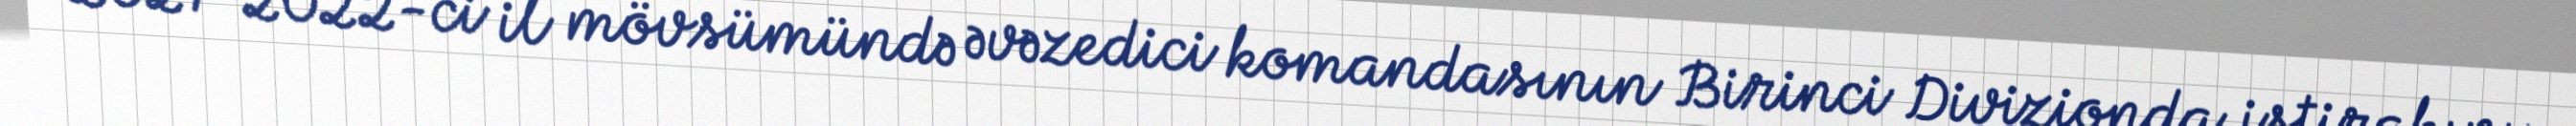
2021-2022-ci il mövsümündə əvəzedici komandasının Birinci Divizionda iştirakını